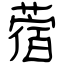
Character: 蓿